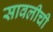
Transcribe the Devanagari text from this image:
सावलीची